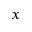
x